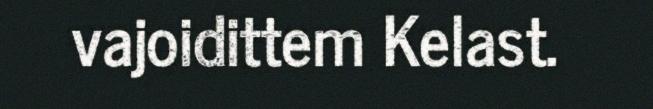
vajoidittem Kelast.